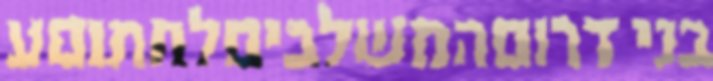
בני דרוםהמשלביםלחתוםע